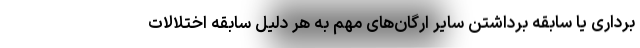
برداری یا سابقه برداشتن سایر ارگان‌های مهم به هر دلیل سابقه اختلالات